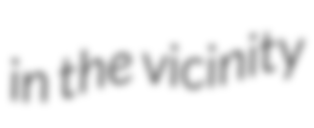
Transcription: in the vicinity